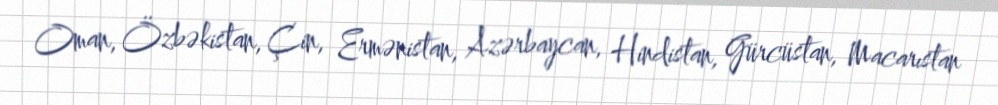
Oman, Özbəkistan, Çin, Ermənistan, Azərbaycan, Hindistan, Gürcüstan, Macarıstan